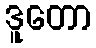
ဒူတော